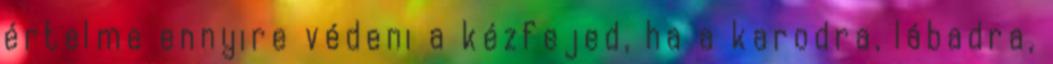
értelme ennyire védeni a kézfejed, ha a karodra, lábadra,